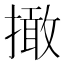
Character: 撖